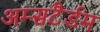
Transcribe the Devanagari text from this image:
अम्सटैर्डम